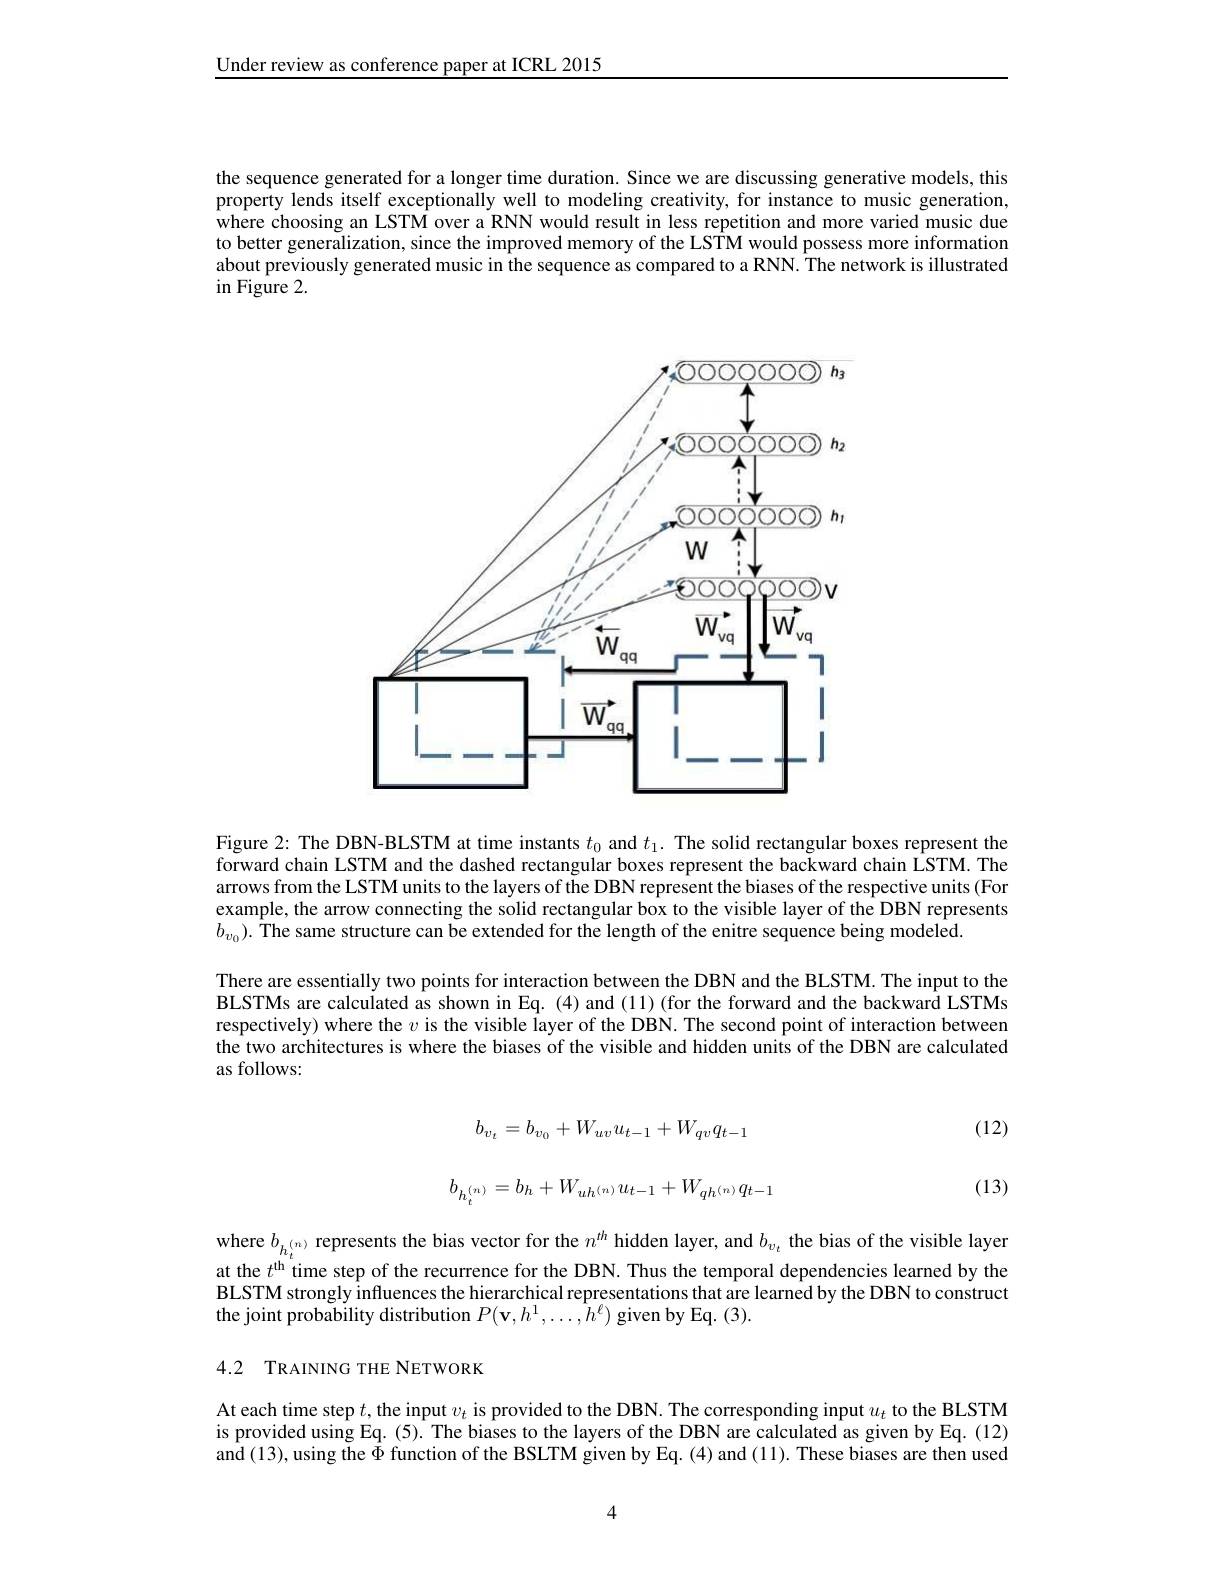
Under review as conference paper at ICRL 2015

the sequence generated for a longer time duration. Since we are discussing generative models, this property lends itself exceptionally well to modeling creativity, for instance to music generation, where choosing an LSTM over a RNN would result in less repetition and more varied music due to better generalization, since the improved memory of the LSTM would possess more information about previously generated music in the sequence as compared to a RNN. The network is illustrated $\operatorname{in}\vec{\text{Figure 2.}}$

<FigureHere>

Figure 2: The DBN-BLSTM at time instants $t_0$ and $t_1.$ The solid rectangular boxes represent the forward chain LSTM and the dashed rectangular boxes represent the backward chain LSTM. The arrows from the LSTM units to the layers of the DBN represent the biases of the respective units (For example, the arrow connecting the solid rectangular box to the visible layer of the DBN represents $b_{v_0}).$ The same structure can be extended for the length of the enitre sequence being modeled.

There are essentially two points for interaction between the DBN and the BLSTM. The input to the BLSTMs are calculated as shown in Eq. (4) and (11) (for the forward and the backward LSTMs respectively) where the $v$ is the visible layer of the DBN. The second point of interaction between the two architectures is where the biases of the visible and hidden units of the DBN are calculated as follows:

(12)
$$b_{v_t}=b_{v_0}+W_{uv}u_{t-1}+W_{qv}q_{t-1}$$
$$b_{h_t^{(n)}}=b_h+W_{uh^{(n)}}u_{t-1}+W_{qh^{(n)}}q_{t-1}$$
(13)

where $b_{h_{i}^{( n) }\text{ represents the bias vector for the }n^{th} hidden layer, and }b_{v_{t}} $the bias of the visible layer at the $t^{\mathrm{th}}$time step of the recurrence for the DBN. Thus the te temporal dependencies learned by the BLSTM strongly influences the hierarchical representations that are learned by the DBN to construct the joint probability distribution $P(\mathbf{v},h^{1},\ldots,\hat{h}^{\ell})$ given by Eq. (3).

## 4.2 TRAINING THE NETWORK

At each time step $t$,the input $v_t$ is provided to the DBN. The corresponding input $u_t$ to the BLSTM is provided using Eq. (5). The biases to the layers of the DBN are calculated as given by Eq. (12) $\hat{\text{and }(13)}$,using the $\tilde{\Phi}$ function of the BSLTM given by Eq. (4) and (11). These biases are then used

4